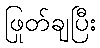
ဖြုတ်ချပြီး